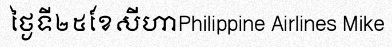
ថ្ងៃទី២៥ខែសីហាPhilippine Airlines Mike